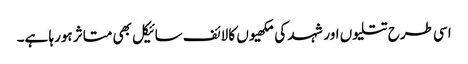
اسی طرح تتلیوں اور شہد کی مکھیوں کا لائف سائیکل بھی متاثر ہورہا ہے۔